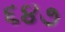
૬૪૭